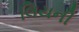
લિયની